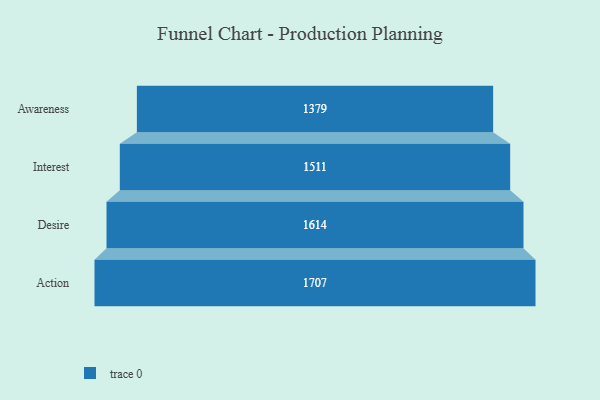
{"axis": {"x": "Stage", "y": "Value"}, "legend": [""], "data": [{"x": "Awareness", "y": 1379.0, "type": ""}, {"x": "Interest", "y": 1511.0, "type": ""}, {"x": "Desire", "y": 1614.0, "type": ""}, {"x": "Action", "y": 1707.0, "type": ""}]}